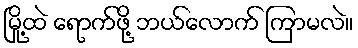
မြို့ထဲ ရောက်ဖို့ ဘယ်လောက် ကြာမလဲ။